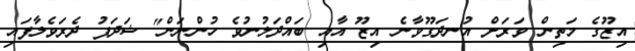
އިޒޫގެ މަތިން ވަރަށް އުނދަގޫވާނެ އިޒޫ އާއި ބައްދަލުނުވެ ހުންނަން" ޝަދަފު ދެރަވެލާފައި